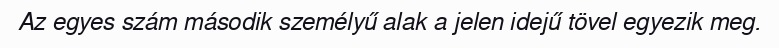
Az egyes szám második személyű alak a jelen idejű tövel egyezik meg.